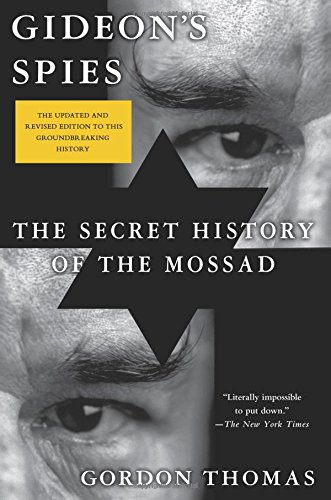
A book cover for Gideon's Spies: The Secret History of the Mossad; Gordon Thomas; Biographies & Memoirs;